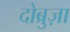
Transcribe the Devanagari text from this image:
दोब्रुज़ा